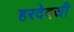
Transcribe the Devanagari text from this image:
हरदेवजी